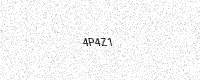
Text: 4P4Z1